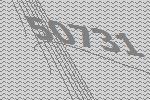
50731